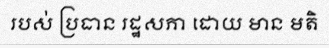
របស់ ប្រធាន រដ្ឋសភា ដោយ មាន មតិ